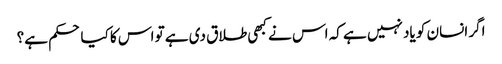
اگر انسان کو یاد نہیں ہے کہ اس نے کبھی طلاق دی ہے تو اس کا کیا حکم ہے؟